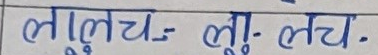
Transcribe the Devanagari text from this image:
लालुच- लु- लच .